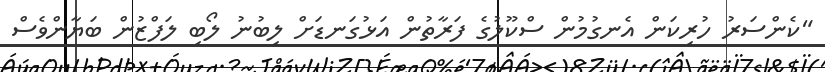
"ކެންސަރު ހުރިކަން އެނގުމުން ސްކޫލުގެ ފަރާތުން އަޅުގަނޑަށް ލިބުނު ލޯބި ލަފްޒުން ބަޔާންވެސް